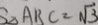
S _ { \Delta } A R C = \sqrt { 3 }